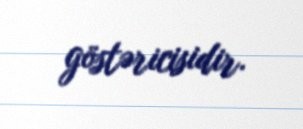
göstəricisidir.